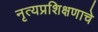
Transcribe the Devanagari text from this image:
नृत्यप्रशिक्षणाचे